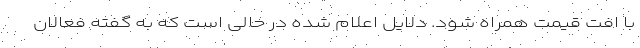
با افت قیمت همراه شود. دلایل اعلام شده در حالی است که به گفته فعالان